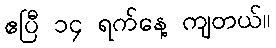
ဧပြီ ၁၄ ရက်နေ့ ကျတယ်။